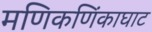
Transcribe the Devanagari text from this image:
मणिकणिंकाघाट